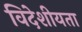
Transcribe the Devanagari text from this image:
विदेशीयता